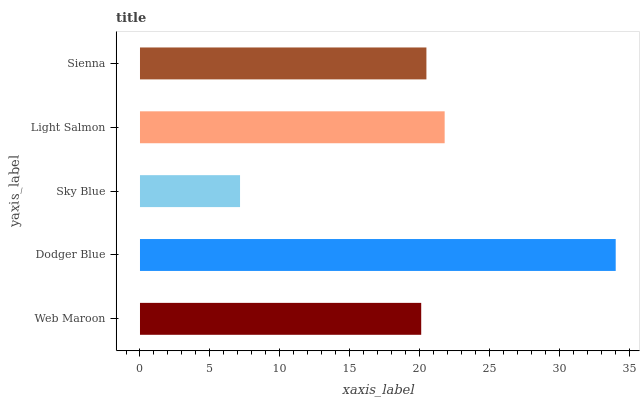
| yaxis_label | bars |
 | --- | --- |
 | Web Maroon | 20.1 |
 | Dodger Blue | 34 |
 | Sky Blue | 7.16 |
 | Light Salmon | 21.8 |
 | Sienna | 20.5 |